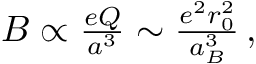
\begin{array} { r } { B \propto \frac { e Q } { a ^ { 3 } } \sim \frac { e ^ { 2 } r _ { 0 } ^ { 2 } } { a _ { B } ^ { 3 } } \, , } \end{array}